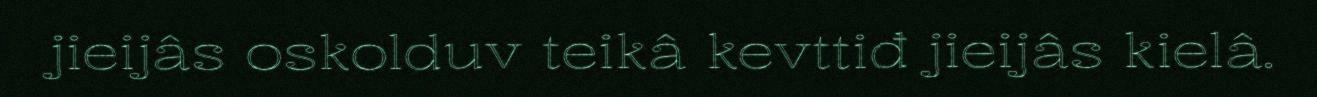
jieijâs oskolduv teikâ kevttiđ jieijâs kielâ.